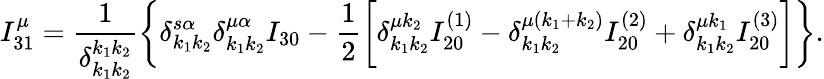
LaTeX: I_{31}^{\mu}=\frac{1}{\delta_{k_{1}k_{2}}^{k_{1}k_{2}}}\bigg\{ \delta_{k_{1}k_{2}}^{s\alpha}\delta_{k_{1}k_{2}}^{\mu\alpha}I_{30}-\frac{1}{2}\bigg[\delta_{k_{1}k_{2}}^{\mu k_{2}}I_{20}^{(1)}-\delta_{k_{1}k_{2}}^{\mu(k_{1}+k_{2})}I_{20}^{(2)}+\delta_{k_{1}k_{2}}^{\mu k_{1}}I_{20}^{(3)}\bigg]\bigg\} .